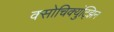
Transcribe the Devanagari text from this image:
क्सोचिक्युंट्झिन